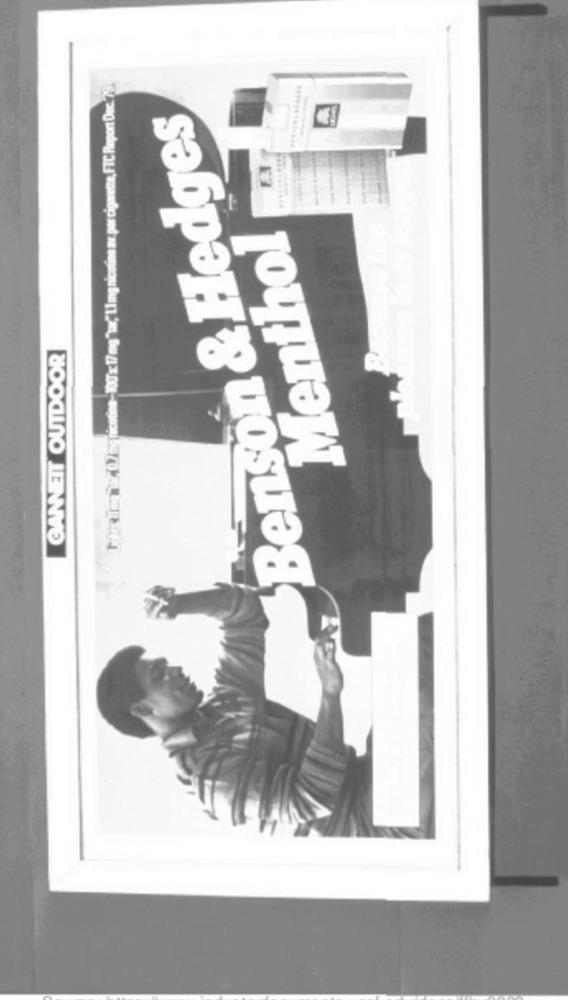
Nohosting07my nicotine-JOU x 17mg"tar," L1 mg nicotine av. per cigarette, FTC Report Dec. 79)
Benson & Hedges
EN
Menthol
GANNETT OUTDOOR